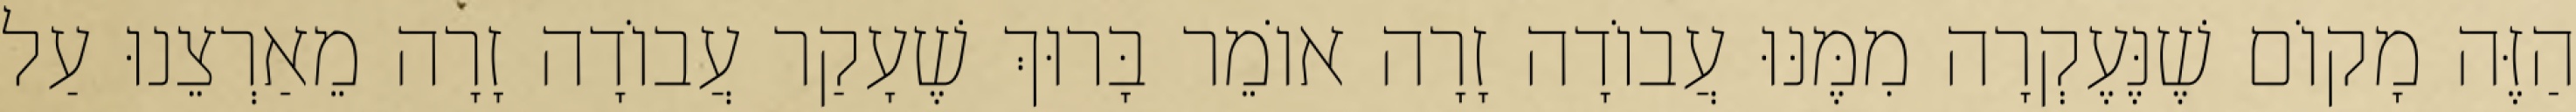
הַזֶּה מָקוֹם שֶׁנֶּעֶקְרָה מִמֶּנּוּ עֲבוֹדָה זָרָה אוֹמֵר בָּרוּךְ שֶׁעָקַר עֲבוֹדָה זָרָה מֵאַרְצֵנוּ עַל